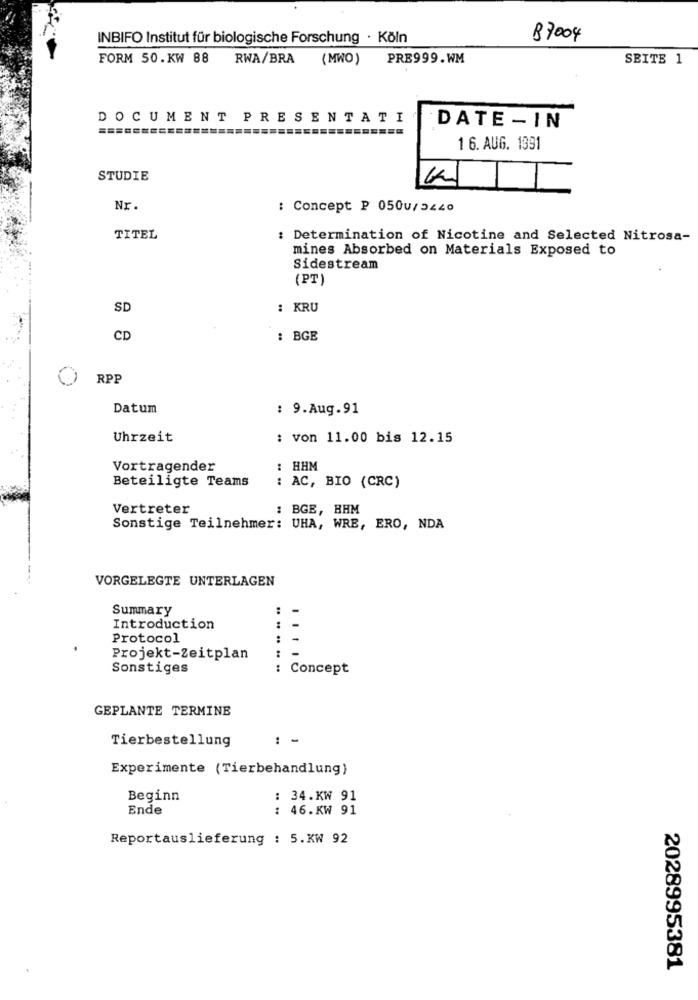
INBIFO Institut für biologische Forschung · Köln
B7004
FORM 50.KW 88 RWA/BRA (MWO) PRE999.WM
SEITE 1
DOCUMENT PRESENTATI
=========
=========
DATE - IN
1 6. AUG. 1991
STUDIE
Nr.
: Concept ₽ 0500/ 3440
TITEL
: Determination of Nicotine and Selected Nitrosa-
mines Absorbed on Materials Exposed to
Sidestream
(PT)
SD
: KRU
CD
: BGE
RPP
Datum
: 9.Aug.91
Uhrzeit
: von 11.00 bis 12.15
Vortragender
: HHM
Beteiligte Teams
: AC, BIO (CRC)
Vertreter
: BGE, HHM
Sonstige Teilnehmer: UHA, WRE, ERO, NDA
VORGELEGTE UNTERLAGEN
Summary
:
Introduction
Protocol
:
Projekt-Zeitplan
Sonstiges
: Concept
GEPLANTE TERMINE
Tierbestellung
1 -
Experimente (Tierbehandlung)
Beginn
: 34.KW 91
Ende
: 46.KW 91
Reportauslieferung : 5.KW 92
2028995381